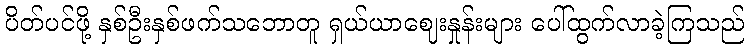
ပိတ်ပင်ဖို့ နှစ်ဦးနှစ်ဖက်သဘောတူ ရှယ်ယာဈေးနှုန်းများ ပေါ်ထွက်လာခဲ့ကြသည်